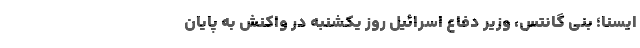
ایسنا؛ بنی گانتس، وزیر دفاع اسرائیل روز یکشنبه در واکنش به پایان